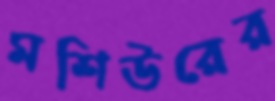
মশিউরের